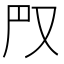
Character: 𠬮